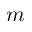
m